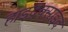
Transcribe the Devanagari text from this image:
हाइद्रक्साइद